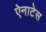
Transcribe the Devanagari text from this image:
ऐनाटेस